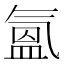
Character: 氳